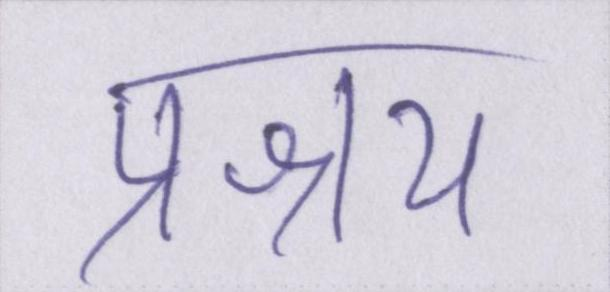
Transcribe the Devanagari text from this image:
प्रश्रय